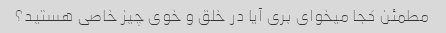
مطمئن کجا میخوای بری آیا در خلق و خوی چیز خاصی هستید؟